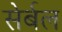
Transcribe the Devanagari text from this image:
सेर्बल